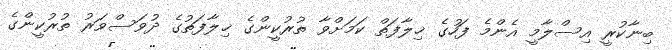
ބިނާކުރީ އިސްލާމީ އެންމެ ފަހުގެ ޚިލާފަތް ކަމަށްވާ ތުރުކީންގެ ޚިލާފަތުގެ ދުވަސްވަރު ތުރުކީންގެ